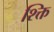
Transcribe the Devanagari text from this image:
श्क्ति